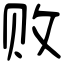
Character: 败